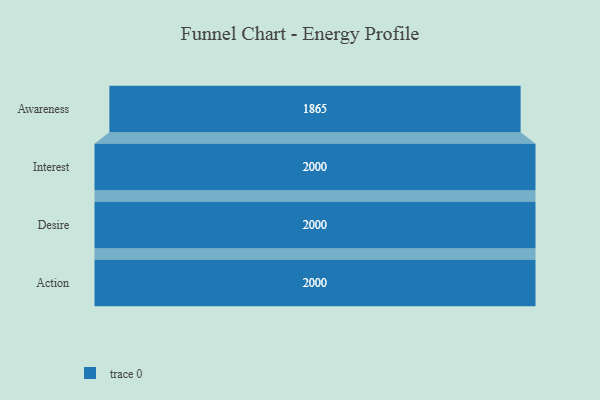
{"axis": {"x": "Stage", "y": "Value"}, "legend": [""], "data": [{"x": "Awareness", "y": 1865.0, "type": ""}, {"x": "Interest", "y": 2000, "type": ""}, {"x": "Desire", "y": 2000, "type": ""}, {"x": "Action", "y": 2000, "type": ""}]}